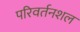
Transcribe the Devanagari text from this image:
परिवर्तनशल